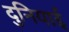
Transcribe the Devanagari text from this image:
दुनियाई